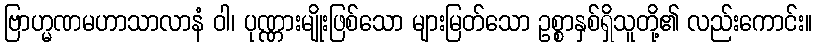
ဗြာဟ္မဏမဟာသာလာနံ ဝါ၊ ပုဏ္ဏားမျိုးဖြစ်သော များမြတ်သော ဥစ္စာနှစ်ရှိသူတို့၏ လည်းကောင်း။